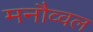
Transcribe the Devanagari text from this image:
मनौव्वल